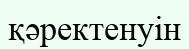
қәректенуін